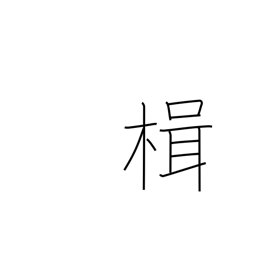
Meaning: sculling oar